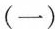
（一）